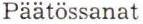
Päätössanat